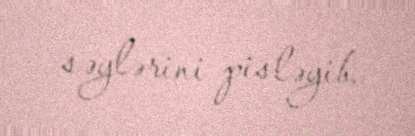
səylərini pisləyib.